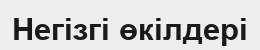
Негізгі өкілдері